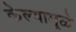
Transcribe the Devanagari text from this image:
केल्यामूळे